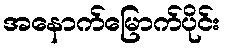
အနောက်မြောက်ပိုင်း